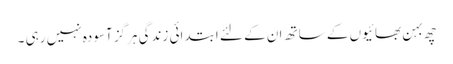
چھ بہن بھائیوں کے ساتھ ان کے لئے ابتدائی زندگی ہرگز آسودہ نہیں رہی ۔